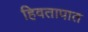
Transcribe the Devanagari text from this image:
हिवतापात